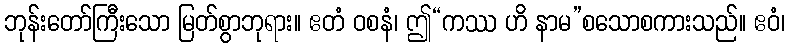
ဘုန်းတော်ကြီးသော မြတ်စွာဘုရား။ ဧတံ ဝစနံ၊ ဤ“ကဿ ဟိ နာမ”စသောစကားသည်။ ဧဝံ၊